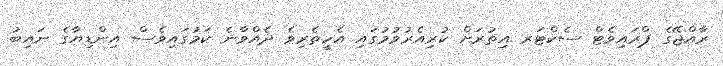
ރާއްޖޭގެ ޕްރައިވެޓް ސެކްޓަރ އިތުރަށް ކުރިއެރުވުމުގައި އެހީތެރިވެ ދެއްވާނެ ކަމުގައިވެސް އިންޑިޔާގެ ނައިބު